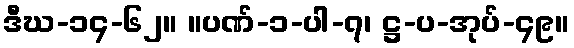
ဒီဃ-၁၄-၆၂။ ။ပဏ်-၁-ပါ-၇၊ ဋ္ဌ-ပ-အုပ်-၄၉။